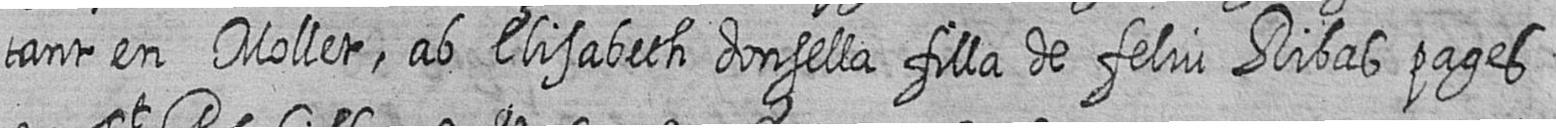
tant en Mollet ab Elisabeth donsella filla de feliu Ribas pages